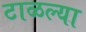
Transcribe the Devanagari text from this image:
टाळल्या